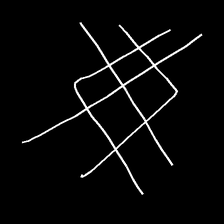
Glyph: crystal